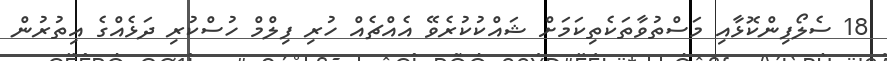
18 ސެލޯފިންކޮޅާއި މަސްތުވާތަކެތިކަމަށް ޝައްކުކުރެވޭ އެއްޗެއް ހުރި ފިލްމް ހުސްކުރި ދަޅެއްގެ އިތުރުން